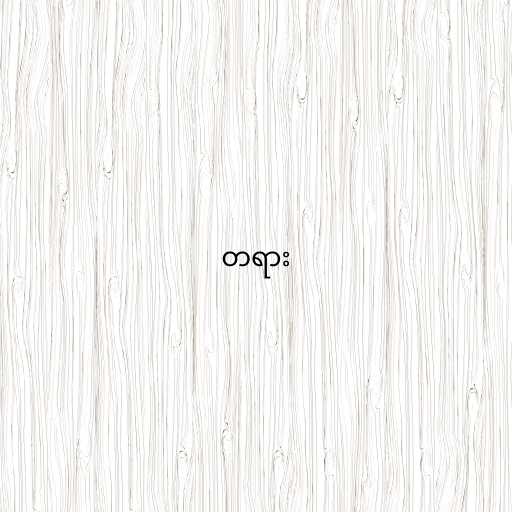
တရား